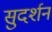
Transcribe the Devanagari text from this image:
सुदर्शनं